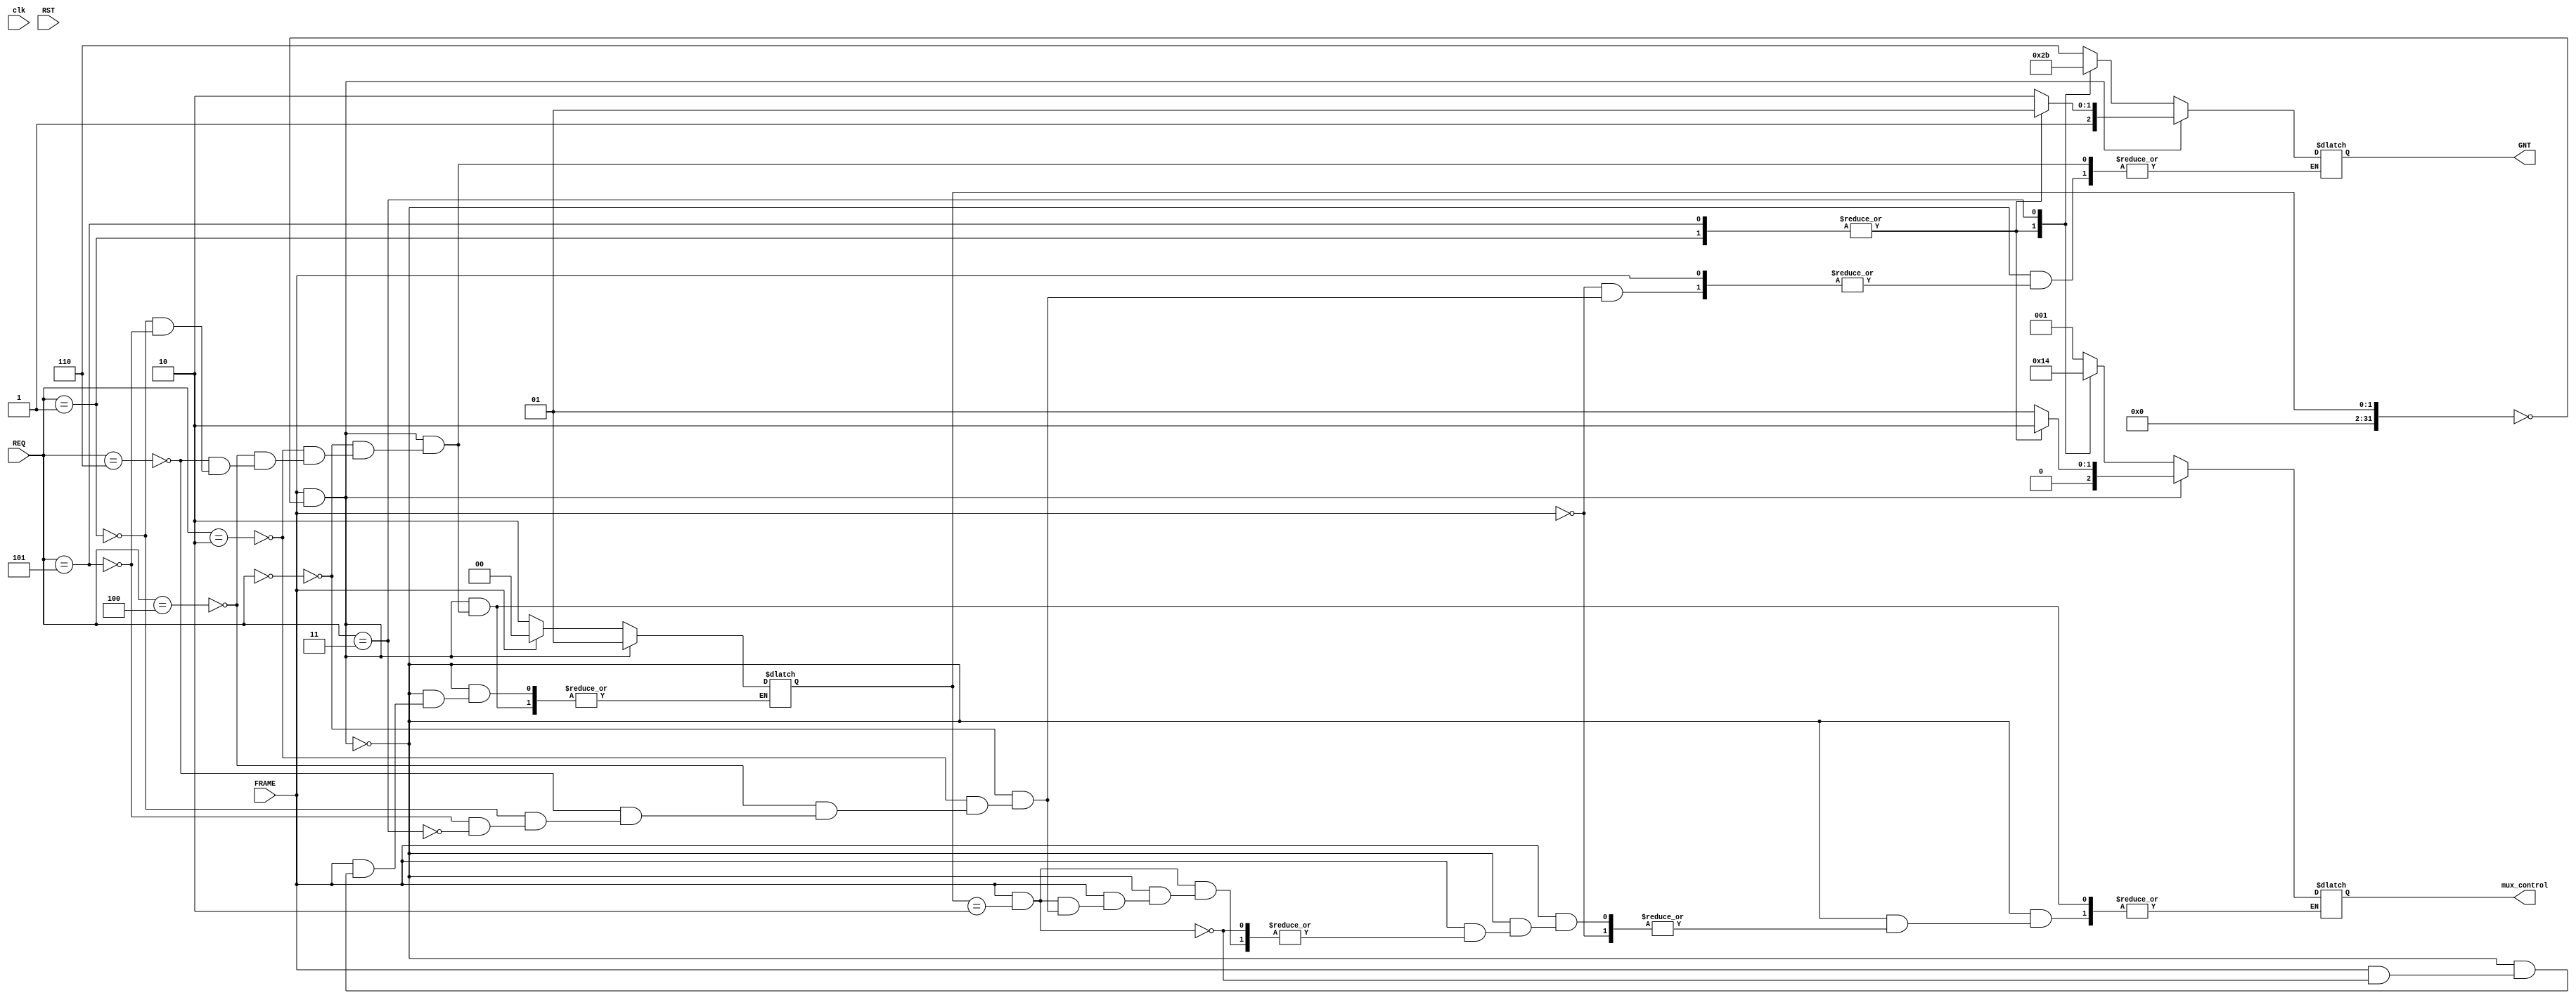
module Arbiter (clk,RST,FRAME,mux_control,REQ,GNT);
input clk,RST,FRAME;
integer flag=0;
output [2:0] mux_control;
input [2:0] REQ ; 
output [2:0] GNT;
reg [2:0] mux_control_reg;
reg [2:0] GNT_REG=7;
assign mux_control=mux_control_reg;
assign GNT= GNT_REG;
always@(*)
begin
	if ((FRAME)&&(flag==0))
	begin
	case (REQ) 
	// A gets GNT
	3'b000: begin
	GNT_REG<=3'b110;
	mux_control_reg=3'b001;
	flag=1;
	end
	3'b010: begin
	GNT_REG<=3'b110;
	mux_control_reg=3'b001;
	flag=1;
	end
	3'b100: begin
	GNT_REG<=3'b110;
	mux_control_reg=3'b001;
	flag=1;
	end
	3'b110: begin
	GNT_REG<=3'b110;
	mux_control_reg=3'b001;
	flag=1;
	end
 	//B gets GNT
	3'b001: begin
	GNT_REG <=3'b101;
	mux_control_reg=3'b010;
	flag=1;
	end
	3'b101:begin
 	GNT_REG <=3'b101;
	mux_control_reg=3'b010;
	flag=1;
	end
	//C gets GNT
	011: begin
	GNT_REG <=3'b011;
	mux_control_reg=3'b100;
	flag=1;
	end
	endcase
	end
	else if(!(FRAME))
	begin
	flag=2;
	case (REQ) 
	// A gets GNT
	3'b000: begin
	GNT_REG<=3'b110;
	end
	3'b010: begin
	GNT_REG<=3'b110;
	end
	3'b100: begin
	GNT_REG<=3'b110;
	end
	3'b110: begin
	GNT_REG<=3'b110;
	end
 	//B gets GNT
	3'b001: begin
	GNT_REG <=3'b101;
	end
	3'b101:begin
 	GNT_REG <=3'b101;
	end
	//C gets GNT
	3'b011: begin
	GNT_REG <=3'b011;
	end
	endcase
	end
	else if((FRAME)&&(flag==2))
	begin
	flag=0;
	case (REQ) 
	// A gets GNT
	3'b000: begin
	mux_control_reg=3'b001;
	end
	3'b010: begin
	mux_control_reg=3'b001;
	end
	3'b100: begin
	mux_control_reg=3'b001;
	end
	3'b110: begin
	mux_control_reg=3'b001;
	end
 	//B gets GNT
	3'b001: begin
	mux_control_reg=3'b010;
	end
	3'b101:begin
 	mux_control_reg=3'b010;
	end
	//C gets GNT
	3'b011: begin
	mux_control_reg=3'b100;
	end
	endcase
	end
	
end
endmodule